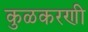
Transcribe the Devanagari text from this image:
कुळकरणी